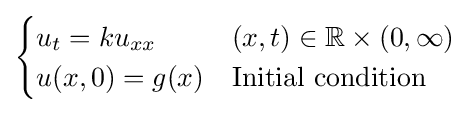
{\begin{cases}u_{t}=ku_{xx}&(x,t)\in \mathbb {R} \times (0,\infty )\\u(x,0)=g(x)&{\text{Initial condition}}\end{cases}}